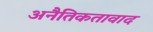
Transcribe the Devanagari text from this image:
अनैतिकतावाद